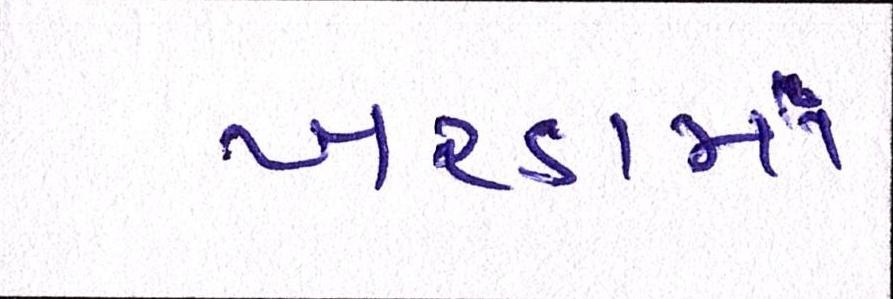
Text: ખરડામાં